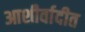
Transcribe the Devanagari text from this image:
आशीर्वादीत